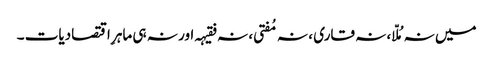
میں نہ مُلّا ، نہ قاری ، نہ مُفتی ، نہ فقیہہ اور نہ ہی ماہرِ اقتصادیات ۔